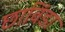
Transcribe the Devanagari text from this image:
छाविंडा